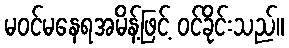
မဝင်မနေရအမိန့်ဖြင့် ဝင်ခိုင်းသည်။